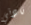
نادني